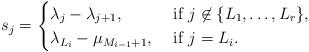
LaTeX: \begin{align*} s_j = \begin{cases} \lambda_j - \lambda_{j + 1}, &\textrm{ if } j \not\in \{L_1, \dots, L_r \}, \\ \lambda_{L_i} - \mu_{M_{i - 1} + 1}, &\textrm{ if } j = L_i.\end{cases}\end{align*}